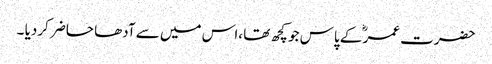
حضرت عمرؓ کے پاس جو کچھ تھا ،اس میں سے آدھا حاضر کردیا ۔